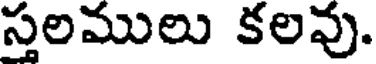
స్తలములు కలవు.